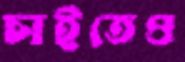
চাইতেও